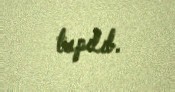
tapılıb.